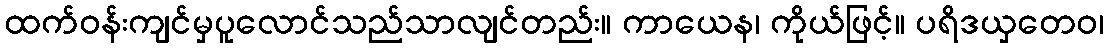
ထက်ဝန်းကျင်မှပူလောင်သည်သာလျင်တည်း။ ကာယေန၊ ကိုယ်ဖြင့်။ ပရိဒယှတေဝ၊